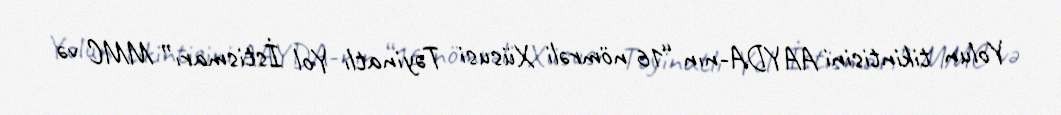
Yolun tikintisini AAYDA-nın “16 nömrəli Xüsusi Təyinatlı Yol İstismarı” MMC və